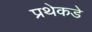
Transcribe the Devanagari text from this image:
प्रथेकडे